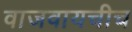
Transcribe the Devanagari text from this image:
वाजवायचीच